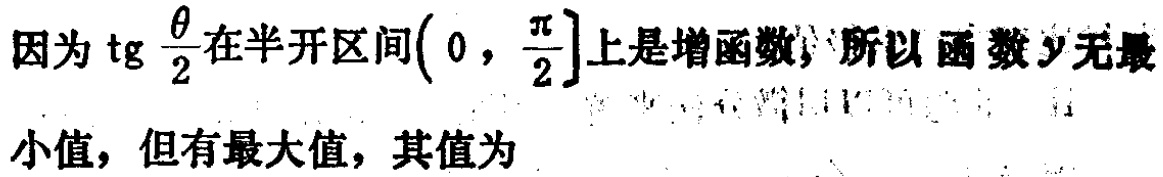
因为$\text{tg}\frac{\theta}{2}$在半开区间$\left(0,\frac{\pi}{2}\right]$上是增函数，所以函数$y$无最小值，但有最大值，其值为